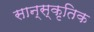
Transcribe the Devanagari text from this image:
सान्स्कृतिक